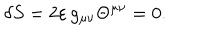
\delta S = 2 \varepsilon \, g _ { \mu \nu } \Theta ^ { \mu \nu } = 0 .